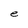
Character: e